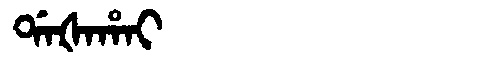
Manchu: ᡩᠠᡧᠠᡥᠠᡳ
Romanization: DAŠAHAI